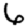
Digit: 6